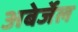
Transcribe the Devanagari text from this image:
अबेर्जेल